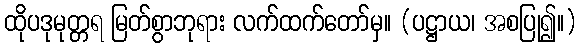
ထိုပဒုမုတ္တရ မြတ်စွာဘုရား လက်ထက်တော်မှ။ (ပဋ္ဌာယ၊ အစပြု၍။)